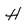
Character: H